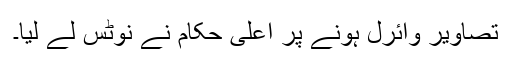
تصاویر وائرل ہونے پر اعلیٰ حکام نے نوٹس لے لیا۔